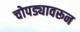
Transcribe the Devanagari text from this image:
चोपड्यावरून